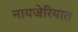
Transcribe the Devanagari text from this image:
नायजेरियात